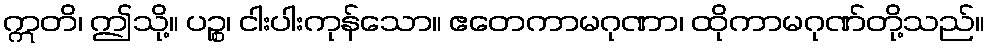
ဣတိ၊ ဤသို့။ ပဉ္စ၊ ငါးပါးကုန်သော။ ဧတေကာမဂုဏာ၊ ထိုကာမဂုဏ်တို့သည်။